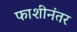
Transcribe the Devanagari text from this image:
फाशीनंतर